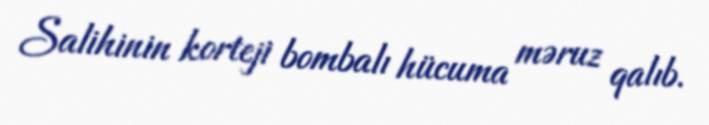
Salihinin korteji bombalı hücuma məruz qalıb.